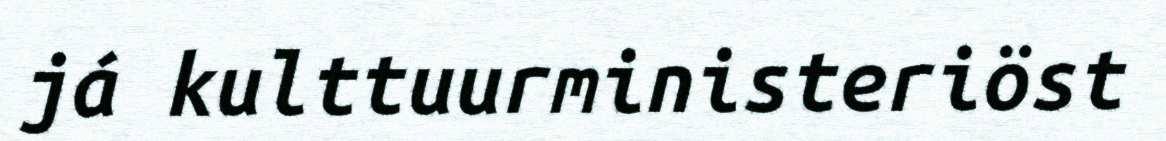
já kulttuurministeriöst